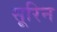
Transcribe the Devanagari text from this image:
सूरिन